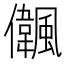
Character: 𠑒